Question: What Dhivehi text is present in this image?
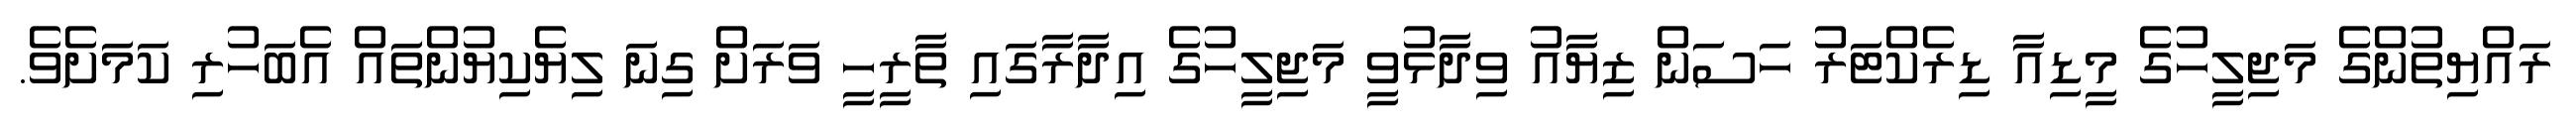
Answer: ރައްޔިތުންގެ މަޖިލީހުގެ މީޑިއާ ޑިރެކްޓަރު ހަސަން ޒިޔާއު ވިދާޅުވީ މަޖިލީހުގެ އިދާރާގައި ތާރީހީ ވަރަށް ގިނަ ލިޔެކިޔުންތައް އެބަހުރި ކަމަށެވެ.